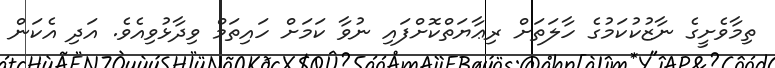
ތިމާވެށީގެ ނާޒުކުކަމުގެ ހާލަތަށް ރިޢާޔަތްކޮށްފައި ނުވާ ކަމަށް ހައިތަމް ވިދާޅުވިއެވެ. އަދި އެކަން